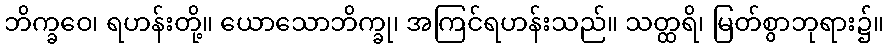
ဘိက္ခဝေ၊ ရဟန်းတို့။ ယောသောဘိက္ခု၊ အကြင်ရဟန်းသည်။ သတ္ထရိ၊ မြတ်စွာဘုရား၌။